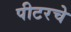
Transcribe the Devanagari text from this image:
पीटरचे